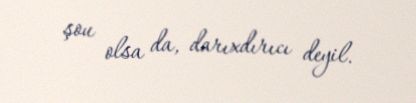
şou olsa da, darıxdırıcı deyil.